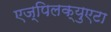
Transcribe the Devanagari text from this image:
एज्पिलक्युएटा